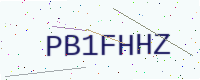
Text: PB1FHHZ